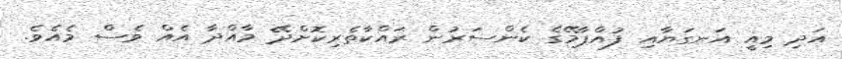
އަދި މިއީ އަނގަޔާއި ފުއްޕާމޭގެ ކެންސަރުން ރައްކާތެރިކޮށްދޭ މާއްދާ އެއް ވެސް މެއެވެ.